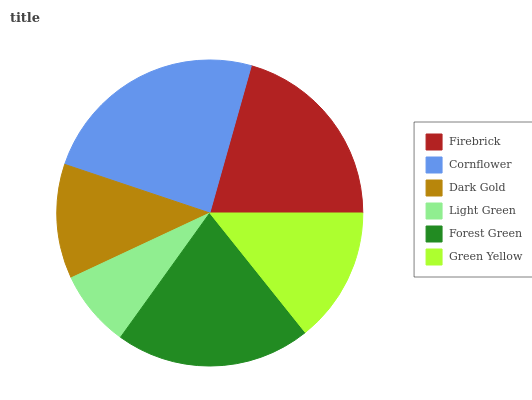
| Firebrick | Cornflower | Dark Gold | Light Green | Forest Green | Green Yellow |
 | --- | --- | --- | --- | --- | --- |
 | 20.7% | 24.2% | 12.1% | 8.13% | 20.7% | 14.3% |